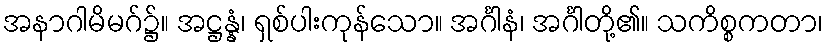
အနာဂါမိမဂ်၌။ အဋ္ဌန္နံ၊ ရှစ်ပါးကုန်သော။ အင်္ဂါနံ၊ အင်္ဂါတို့၏။ သကိစ္စကတာ၊